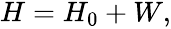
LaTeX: \begin{array}{r}{H=H_{0}+W,}\end{array}